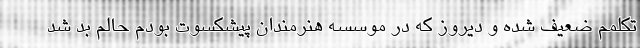
تکلمم ضعیف شده و دیروز که در موسسه هنرمندان پیشکسوت بودم حالم بد شد